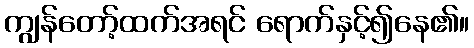
ကျွန်တော့်ထက်အရင် ရောက်နှင့်၍နေ၏။